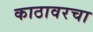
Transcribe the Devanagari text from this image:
काठावरचा